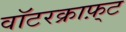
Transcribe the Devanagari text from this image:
वॉटरक्राफ़्ट